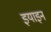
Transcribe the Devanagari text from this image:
इयाइन